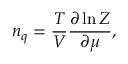
n _ { q } = \frac { T } { V } \frac { \partial \ln Z } { \partial \mu } ,